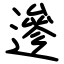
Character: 遪